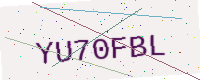
Text: YU70FBL